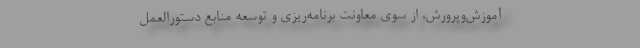
آموزش‌وپرورش، از سوی معاونت برنامه‌ریزی و توسعه منابع دستورالعمل